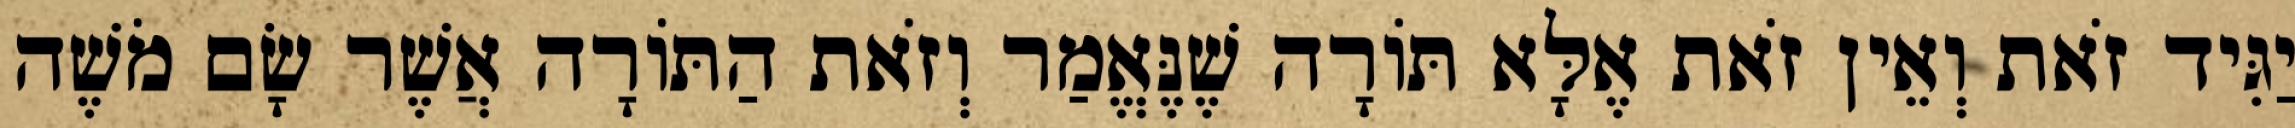
יַגִּיד זֹאת וְאֵין זֹאת אֶלָּא תּוֹרָה שֶׁנֶּאֱמַר וְזֹאת הַתּוֹרָה אֲשֶׁר שָׂם מֹשֶׁה